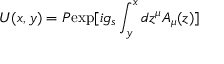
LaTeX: U ( x , y ) = { \cal P } \mathrm { e x p } [ i g _ { s } \int _ { y } ^ { x } d z ^ { \mu } A _ { \mu } ( z ) ]